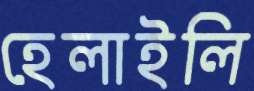
হেলাইলি